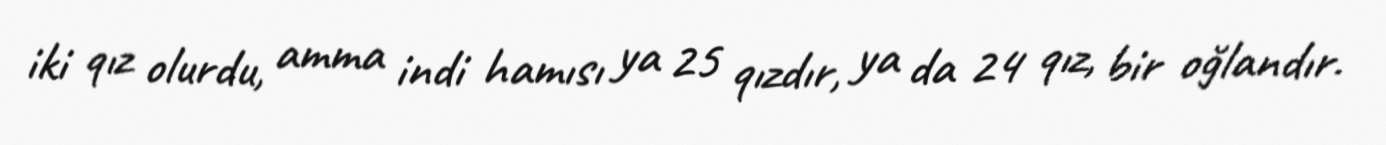
iki qız olurdu, amma indi hamısı ya 25 qızdır, ya da 24 qız, bir oğlandır.